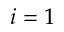
i = 1